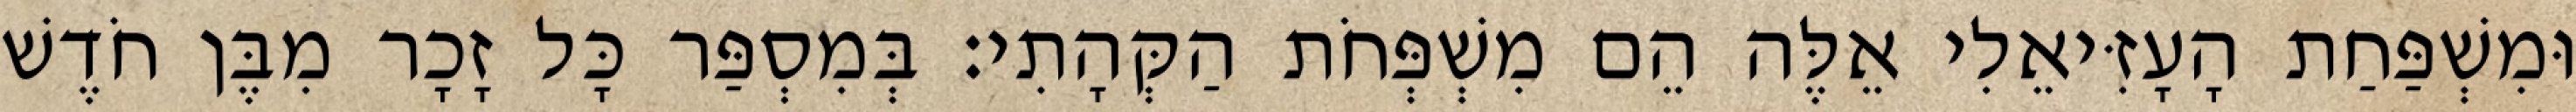
וּמִשְׁפַּחַת הָעָזִּיאֵלִי אֵלֶּה הֵם מִשְׁפְּחֹת הַקְּהָתִי׃ בְּמִסְפַּר כָּל זָכָר מִבֶּן חֹדֶשׁ